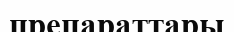
препараттары